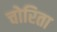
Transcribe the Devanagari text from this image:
चोरिता